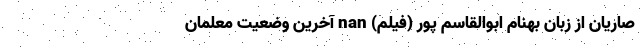
صاریان از زبان بهنام ابوالقاسم پور (فیلم) nan آخرین وضعیت معلمانِ